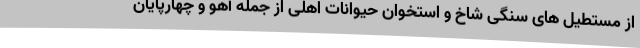
از مستطیل های سنگی شاخ و استخوان حیوانات اهلی از جمله آهو و چهارپایان